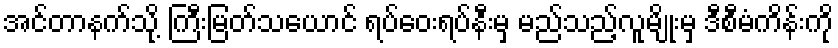
အင်တာနက်သို့ ကြီးမြတ်သယောင် ရပ်ဝေးရပ်နီးမှ မည်သည့်လူမျိုးမှ ဒီစီမံကိန်းကို